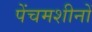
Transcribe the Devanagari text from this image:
पेंचमशीनों